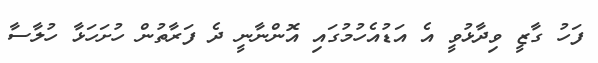
ފަހު ގާޒީ ވިދާޅުވީ އެ އަޑުއެހުމުގައި އޮންނާނީ ދެ ފަރާތުން ހުށަހަޅާ ހުލާސާ